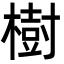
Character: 樹